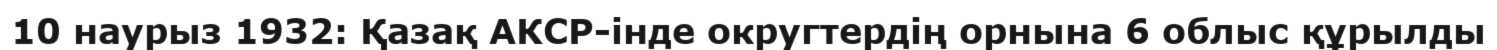
10 наурыз 1932: Қазақ АКСР-інде округтердің орнына 6 облыс құрылды